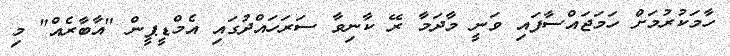
ހާމަކުރުމަށް ހަމަޖައްސާފައި ވަނީ މާދަމާ ރޭ ކާނިވާ ސަރަހައްދުގައި އެމްޑީޕީން "އާބާރެއް" މި